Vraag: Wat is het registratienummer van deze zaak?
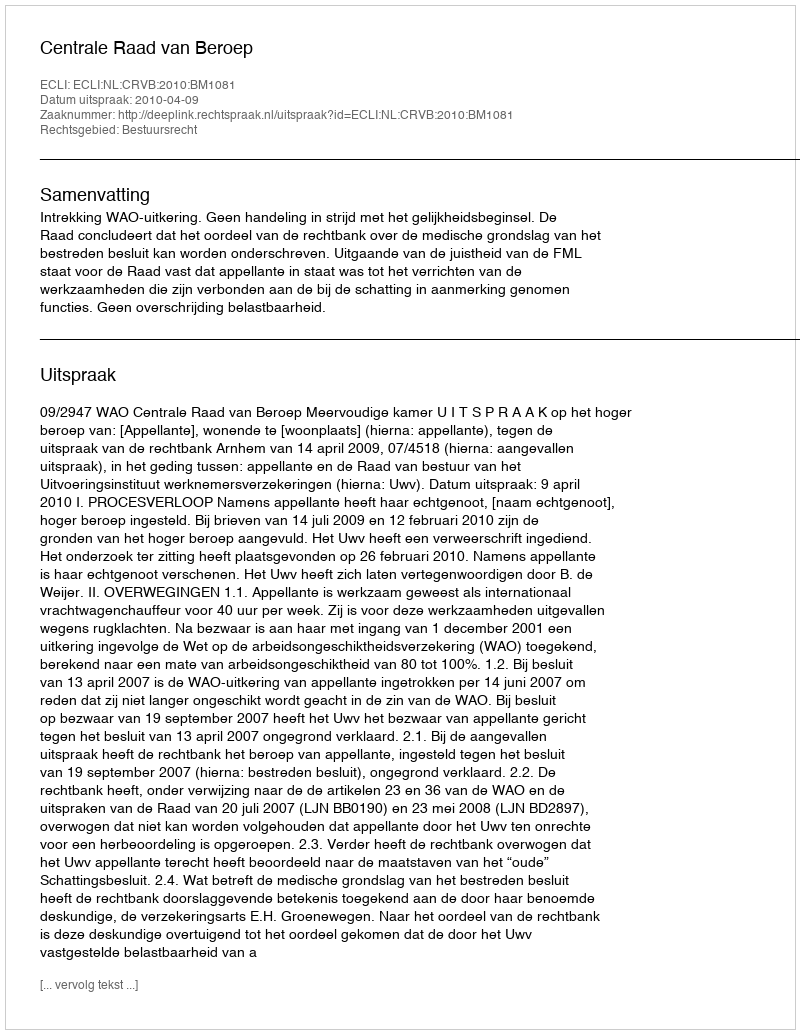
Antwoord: http://deeplink.rechtspraak.nl/uitspraak?id=ECLI:NL:CRVB:2010:BM1081